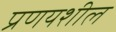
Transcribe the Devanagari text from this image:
प्रणयशील